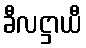
ခီလဋ္ဌာယီ